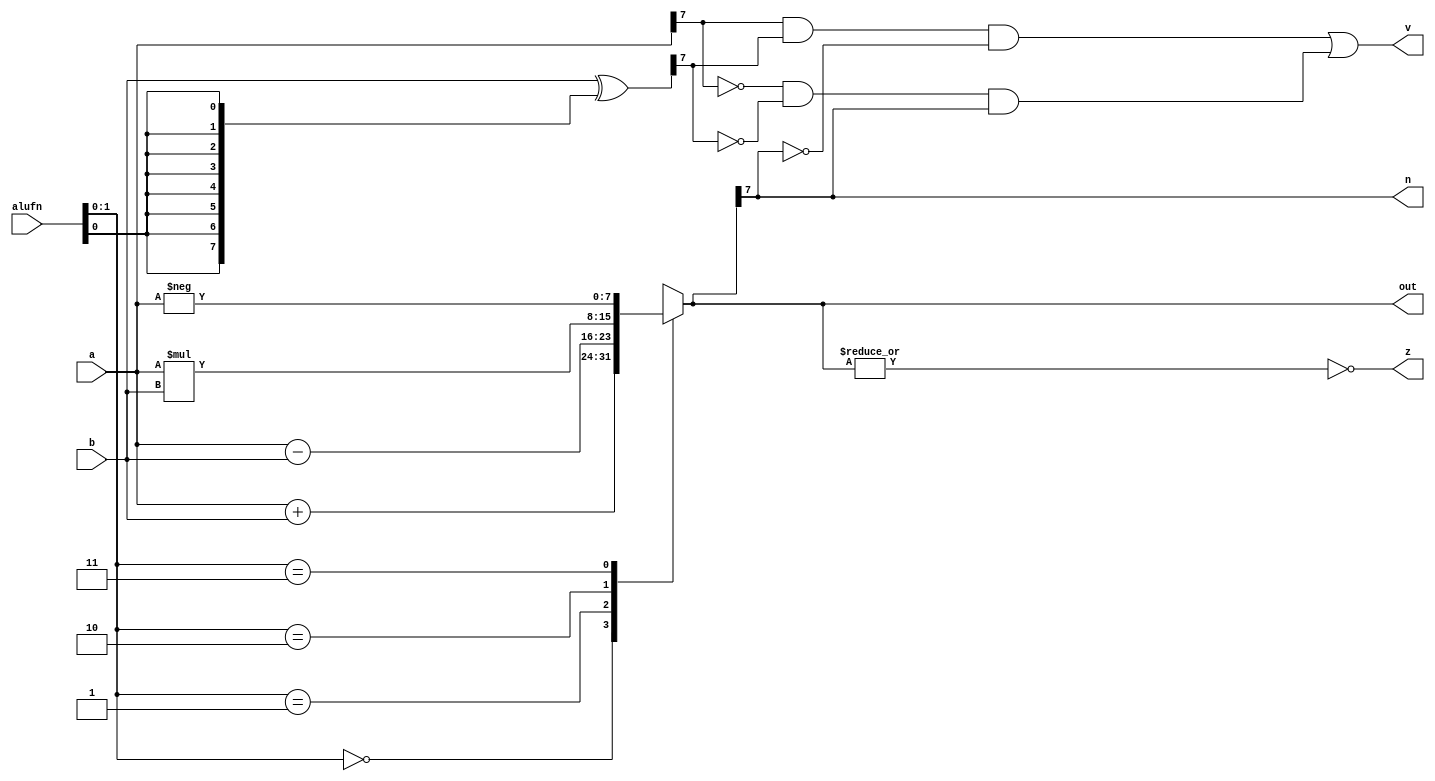
module add_7 (
    input [2:0] alufn,
    input [7:0] a,
    input [7:0] b,
    output reg [7:0] out,
    output reg z,
    output reg n,
    output reg v
  );
  
  
  
  reg [7:0] result;
  
  reg [7:0] xb;
  
  always @* begin
    xb = b ^ {4'h8{alufn[0+0-:1]}};
    
    case (alufn[0+1-:2])
      3'h0: begin
        result = a + b;
      end
      3'h1: begin
        result = a - b;
      end
      3'h2: begin
        result = a * b;
      end
      3'h3: begin
        result = -a;
      end
      3'h4: begin
        if (a[7+0-:1] == 1'h1) begin
          result = -a;
        end else begin
          result = a;
        end
      end
      default: begin
        result = a - b;
      end
    endcase
    v = (a[7+0-:1] & xb[7+0-:1] & ~result[7+0-:1]) | (~a[7+0-:1] & ~xb[7+0-:1] & result[7+0-:1]);
    n = result[7+0-:1];
    z = (~|result);
    out = result;
  end
endmodule